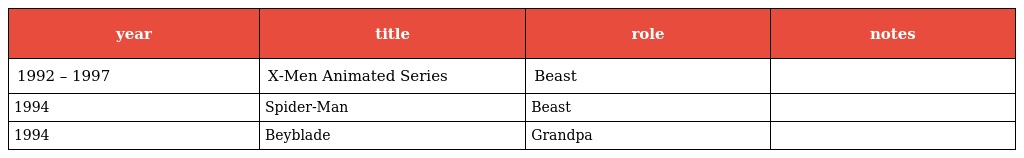
| year | title | role | notes |
 | --- | --- | --- | --- |
 | 1992 – 1997 | X-Men Animated Series | Beast |  |
 | 1994 | Spider-Man | Beast |  |
 | 1994 | Beyblade | Grandpa |  |